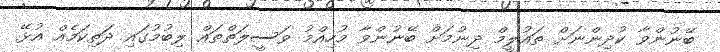
ބޭނުންވާ ކުދިންނަށް ތައުލީމް ދިނުމަށް ބޭނުންވާ މުހިއްމު ވަސީލަތްތައް ލިބުމުގައި ދަތިކަމެއް އުޅޭ